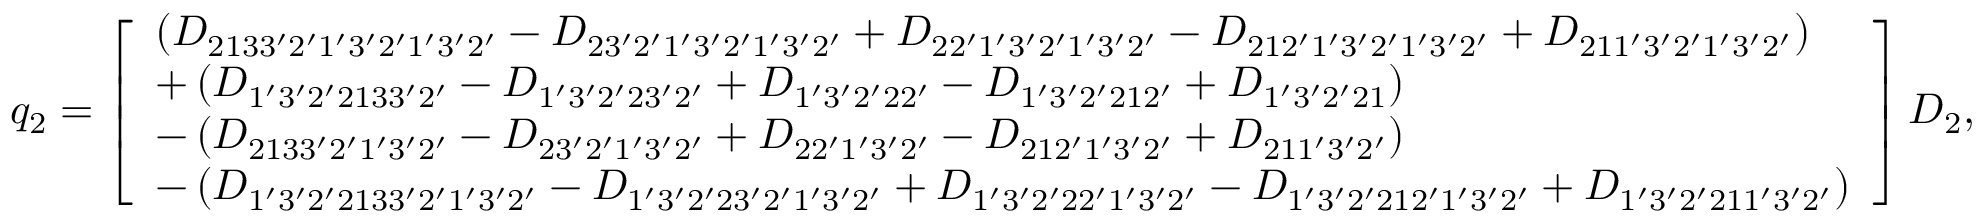
\begin{array} { r } { { q _ { 2 } } = \left[ \begin{array} { l } { \left( { { D _ { 2 1 3 3 ^ { \prime } 2 ^ { \prime } 1 ^ { \prime } 3 ^ { \prime } 2 ^ { \prime } 1 ^ { \prime } 3 ^ { \prime } 2 ^ { \prime } } } - { D _ { 2 3 ^ { \prime } 2 ^ { \prime } 1 ^ { \prime } 3 ^ { \prime } 2 ^ { \prime } 1 ^ { \prime } 3 ^ { \prime } 2 ^ { \prime } } } + { D _ { 2 2 ^ { \prime } 1 ^ { \prime } 3 ^ { \prime } 2 ^ { \prime } 1 ^ { \prime } 3 ^ { \prime } 2 ^ { \prime } } } - { D _ { 2 1 2 ^ { \prime } 1 ^ { \prime } 3 ^ { \prime } 2 ^ { \prime } 1 ^ { \prime } 3 ^ { \prime } 2 ^ { \prime } } } + { D _ { 2 1 1 ^ { \prime } 3 ^ { \prime } 2 ^ { \prime } 1 ^ { \prime } 3 ^ { \prime } 2 ^ { \prime } } } } \right) } \\ { + \left( { { D _ { 1 ^ { \prime } 3 ^ { \prime } 2 ^ { \prime } 2 1 3 3 ^ { \prime } 2 ^ { \prime } } } - { D _ { 1 ^ { \prime } 3 ^ { \prime } 2 ^ { \prime } 2 3 ^ { \prime } 2 ^ { \prime } } } + { D _ { 1 ^ { \prime } 3 ^ { \prime } 2 ^ { \prime } 2 2 ^ { \prime } } } - { D _ { 1 ^ { \prime } 3 ^ { \prime } 2 ^ { \prime } 2 1 2 ^ { \prime } } } + { D _ { 1 ^ { \prime } 3 ^ { \prime } 2 ^ { \prime } 2 1 } } } \right) } \\ { - \left( { { D _ { 2 1 3 3 ^ { \prime } 2 ^ { \prime } 1 ^ { \prime } 3 ^ { \prime } 2 ^ { \prime } } } - { D _ { 2 3 ^ { \prime } 2 ^ { \prime } 1 ^ { \prime } 3 ^ { \prime } 2 ^ { \prime } } } + { D _ { 2 2 ^ { \prime } 1 ^ { \prime } 3 ^ { \prime } 2 ^ { \prime } } } - { D _ { 2 1 2 ^ { \prime } 1 ^ { \prime } 3 ^ { \prime } 2 ^ { \prime } } } + { D _ { 2 1 1 ^ { \prime } 3 ^ { \prime } 2 ^ { \prime } } } } \right) } \\ { - \left( { { D _ { 1 ^ { \prime } 3 ^ { \prime } 2 ^ { \prime } 2 1 3 3 ^ { \prime } 2 ^ { \prime } 1 ^ { \prime } 3 ^ { \prime } 2 ^ { \prime } } } - { D _ { 1 ^ { \prime } 3 ^ { \prime } 2 ^ { \prime } 2 3 ^ { \prime } 2 ^ { \prime } 1 ^ { \prime } 3 ^ { \prime } 2 ^ { \prime } } } + { D _ { 1 ^ { \prime } 3 ^ { \prime } 2 ^ { \prime } 2 2 ^ { \prime } 1 ^ { \prime } 3 ^ { \prime } 2 ^ { \prime } } } - { D _ { 1 ^ { \prime } 3 ^ { \prime } 2 ^ { \prime } 2 1 2 ^ { \prime } 1 ^ { \prime } 3 ^ { \prime } 2 ^ { \prime } } } + { D _ { 1 ^ { \prime } 3 ^ { \prime } 2 ^ { \prime } 2 1 1 ^ { \prime } 3 ^ { \prime } 2 ^ { \prime } } } } \right) } \end{array} \right] { D _ { 2 } } , } \end{array}